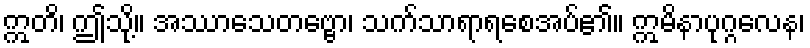
ဣတိ၊ ဤသို့။ အဿာသေတဗ္ဗော၊ သက်သာရာရစေအပ်၏။ ဣမိနာပုဂ္ဂလေန၊